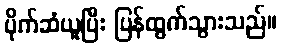
ပိုက်ဆံယူပြီး ပြန်ထွက်သွားသည်။